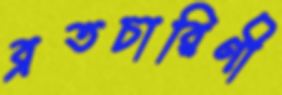
ব্রতচারিণী